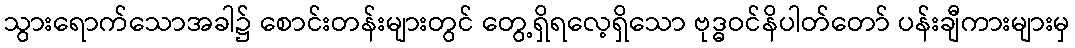
သွားရောက်သောအခါ၌ စောင်းတန်းများတွင် တွေ့ရှိရလေ့ရှိသော ဗုဒ္ဓဝင်နိပါတ်တော် ပန်းချီကားများမှ